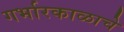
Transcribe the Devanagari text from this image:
गर्भारकाळाचे